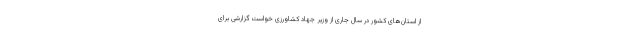
از استان‌های کشور در سال جاری از وزیر جهاد کشاورزی خواست گزارشی برای